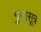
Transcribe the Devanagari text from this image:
गुणासूत्र